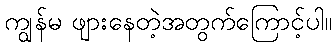
ကျွန်မ ဖျားနေတဲ့အတွက်ကြောင့်ပါ။